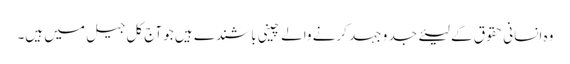
وہ انسانی حقوق کے لیئے جد و جہد کرنے والے چینی باشندے ہیں جو آج کل جیل میں ہیں۔